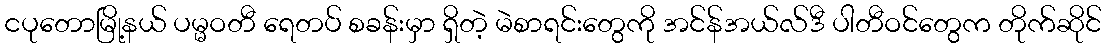
ငပုတောမြို့နယ် ပမ္မဝတီ ရေတပ် စခန်းမှာ ရှိတဲ့ မဲစာရင်းတွေကို အင်န်အယ်လ်ဒီ ပါတီဝင်တွေက တိုက်ဆိုင်